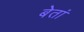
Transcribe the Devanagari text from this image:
बेतां